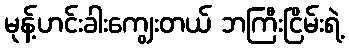
မုန့်ဟင်းခါးကျွေးတယ် ဘကြီးငြိမ်းရဲ့